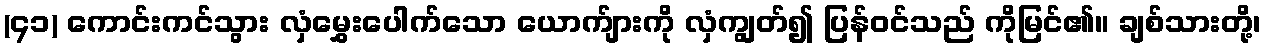
(၄၁) ကောင်းကင်သွား လှံမွှေးပေါက်သော ယောက်ျားကို လှံကျွတ်၍ ပြန်ဝင်သည် ကိုမြင်၏။ ချစ်သားတို့၊